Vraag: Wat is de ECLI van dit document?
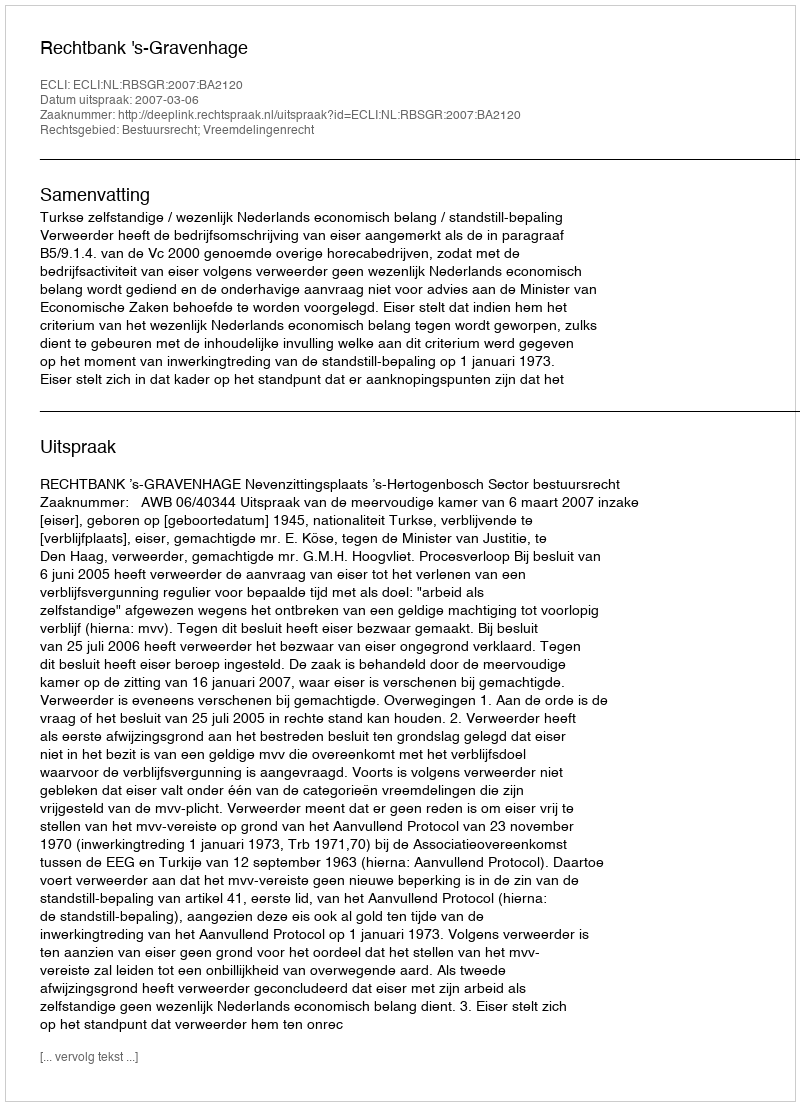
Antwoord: ECLI:NL:RBSGR:2007:BA2120